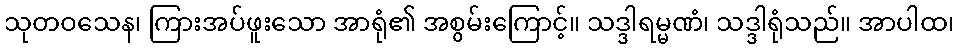
သုတဝသေန၊ ကြားအပ်ဖူးသော အာရုံ၏ အစွမ်းကြောင့်။ သဒ္ဒါရမ္မဏံ၊ သဒ္ဒါရုံသည်။ အာပါထ၊